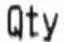
QTY